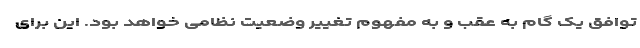
توافق یک گام به عقب و به مفهوم تغییر وضعیت نظامی خواهد بود. این برای